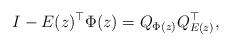
LaTeX: \begin{align*}I - E(z)^\top \Phi(z) = Q_{\Phi(z)} Q_{E(z)}^\top,\end{align*}